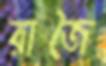
রাজৈ